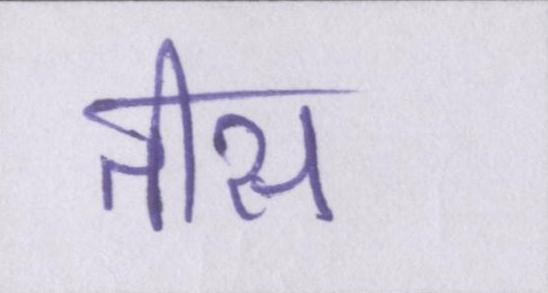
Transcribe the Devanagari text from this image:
तीस